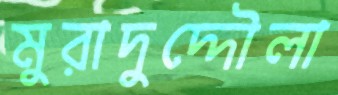
মুরাদুদ্দৌলা